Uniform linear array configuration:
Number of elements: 4
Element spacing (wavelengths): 0.75
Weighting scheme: blackman
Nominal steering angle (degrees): -30
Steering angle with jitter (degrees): -31.889
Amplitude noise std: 0.05
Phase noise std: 0.05

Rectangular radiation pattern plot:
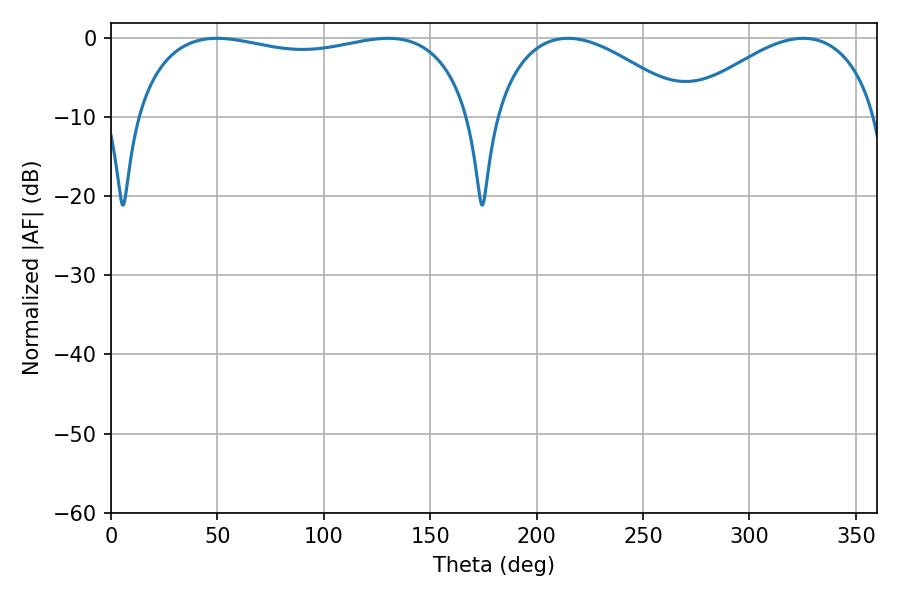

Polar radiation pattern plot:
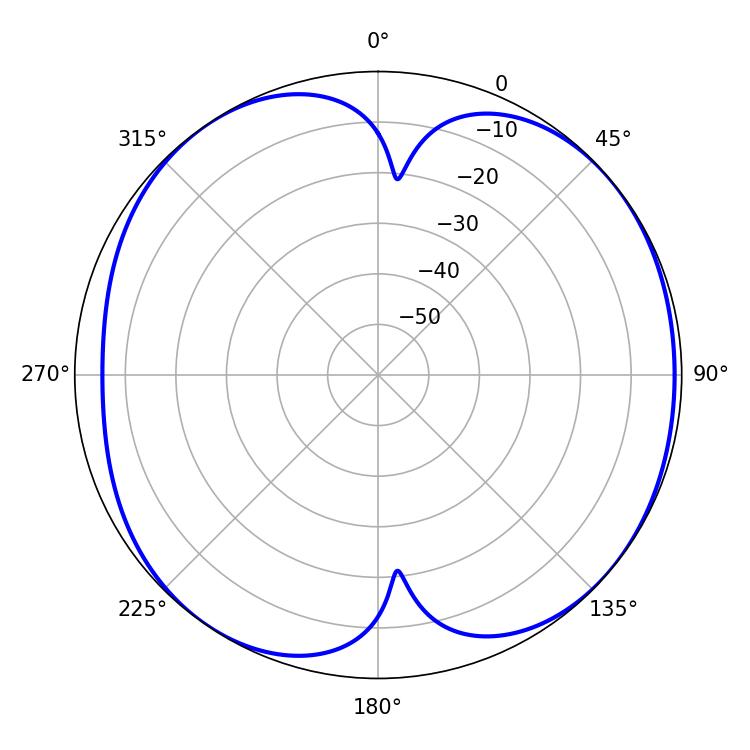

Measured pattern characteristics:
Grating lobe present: TRUE
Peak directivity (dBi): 7.111
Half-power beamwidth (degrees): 128.88
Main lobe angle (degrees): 49.86